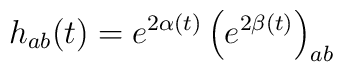
h_{ab}(t) =e^{2\alpha (t)} \left( e^{2\beta (t)} \right)_{ab}